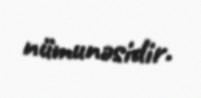
nümunəsidir.